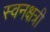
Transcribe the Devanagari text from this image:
स्वनक्षत्री